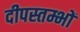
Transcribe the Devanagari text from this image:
दीपस्तम्भों